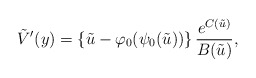
\begin{align*} \tilde{V}'(y) = \left\{ \tilde{u} - \varphi_{0}(\psi_{0}(\tilde{u})) \right\}\frac{e^{C(\tilde{u})}}{B(\tilde{u})}, \end{align*}